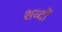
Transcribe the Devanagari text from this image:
शव्दों